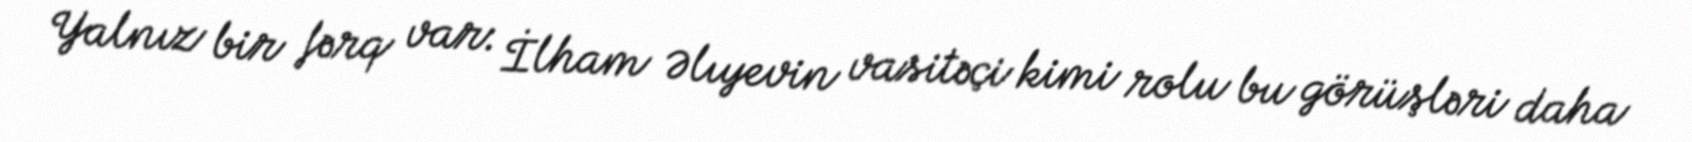
Yalnız bir fərq var: İlham Əlıyevin vasitəçi kimi rolu bu görüşləri daha